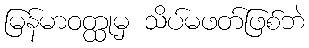
မြန်မာဝတ္ထုမှ သိပ်မဖတ်ဖြစ်ဘဲ